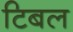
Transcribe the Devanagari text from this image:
टिबल